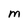
Character: M